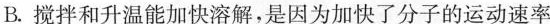
B.搅拌和升温能加快溶解，是因为加快了分子的运动速率